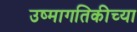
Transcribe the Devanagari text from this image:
उष्मागतिकीच्या